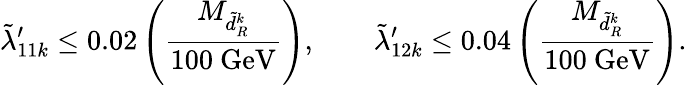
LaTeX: \tilde{\lambda}_{11k}^{\prime}\le 0.02\left(\frac{M_{\tilde{d}_{R}^{k}}}{100\mathrm{~GeV}}\right),\qquad\tilde{\lambda}_{12k}^{\prime}\le 0.04\left(\frac{M_{\tilde{d}_{R}^{k}}}{100\mathrm{~GeV}}\right).